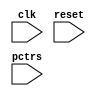
/* mr_pctrs
 *
 * Simple counters for performance-related events
 *
 * 24 May 2021
 *
 * Copyright 2021 Matt Evans
 * SPDX-License-Identifier: Apache-2.0 WITH SHL-2.1
 *
 * Licensed under the Solderpad Hardware License v 2.1 (the License); you may
 * not use this file except in compliance with the License, or, at your option,
 * the Apache License version 2.0. You may obtain a copy of the License at
 *
 *  https://solderpad.org/licenses/SHL-2.1/
 *
 * Unless required by applicable law or agreed to in writing, any work
 * distributed under the License is distributed on an AS IS BASIS, WITHOUT
 * WARRANTIES OR CONDITIONS OF ANY KIND, either express or implied. See the
 * License for the specific language governing permissions and limitations
 * under the License.
 */

module mr_pctrs(input wire        clk,
		input wire 	  reset,

		input wire [63:0] pctrs
		);

   parameter NUM_CTRS = 64;

   /* All this module does is instantiate some counters, and give naems to the values.
    * The counters are 32b saturating up-counters.
    *
    * In future, it will have features:
    * - APB access to counter values
    * - Value capture on match/overflow
    * - Global reset
    */

   // Extra pipeline reg on pctrs:
   reg [63:0] 			  pctrsl;

   always @(posedge clk)
     pctrsl <= pctrs;

   // The counters:
   reg [31:0] 			  ctrs [NUM_CTRS-1:0];

   genvar 			  i;
   generate
      for (i = 0; i < NUM_CTRS; i = i + 1) begin
	 always @(posedge clk) begin
	    if (pctrsl[i] && ctrs[i] != 32'hffffffff)
	      ctrs[i] <= ctrs[i] + 1;

            if (reset)
	      ctrs[i] <= 32'h0;
	 end
      end
   endgenerate

   // A cycle counter:
   reg [31:0] 			  cctr;
   always @(posedge clk) begin
      if (cctr != 32'hffffffff)
	cctr <= cctr + 1;

      if (reset)
	cctr <= 32'h0;
   end

   // Trace-visible signals:
   wire [31:0] pctr_cycles = cctr;

   wire [31:0] pctr_inst_commit = ctrs[14];
   wire [31:0] pctr_fault = ctrs[13];
   wire [31:0] pctr_mem_stall = ctrs[12];
   wire [31:0] pctr_exe_stall = ctrs[11];
   wire [31:0] pctr_decode_stall = ctrs[10];
   wire [31:0] pctr_if_fetching = ctrs[9];
   wire [31:0] pctr_if_fetching_stalled = ctrs[8];
   wire [31:0] pctr_if_valid_instr = ctrs[7];
   wire [31:0] pctr_if_mmu_ptws = ctrs[6];
   wire [31:0] pctr_de_stall_operands = ctrs[5];
   wire [31:0] pctr_mem_access = ctrs[4];
   wire [31:0] pctr_mem_access_fault = ctrs[3];
   wire [31:0] pctr_mem_mmu_ptws = ctrs[2];
   wire [31:0] pctr_mem_cacheable_unaligned_8B = ctrs[1];
   wire [31:0] pctr_mem_cacheable_unaligned_CL = ctrs[0];

endmodule // mr_pctrs